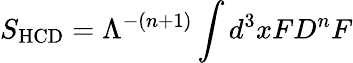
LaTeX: S_{\mathrm{HCD}}={\Lambda^{-(n+1)}}\int d^{3}xFD^{n}F